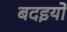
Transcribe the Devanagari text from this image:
बदइयों